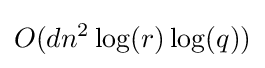
O(dn^{2}\log(r)\log(q))